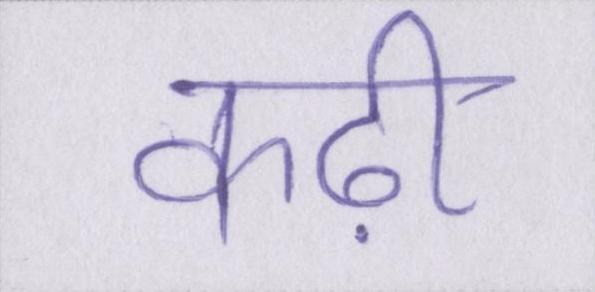
कढ़ी